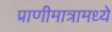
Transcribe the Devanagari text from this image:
प्राणीमात्रामध्ये